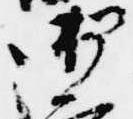
御